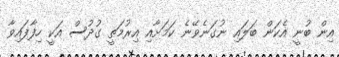
އިން ބުނީ އެކަން ބަލައި ނުގަނެވޭނެ ކަމަށާއި އިރުމަތީ ގުދުސް އަކީ ހިފާފައިވާ